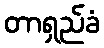
တာရှည်ခံ